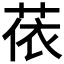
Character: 𦲤